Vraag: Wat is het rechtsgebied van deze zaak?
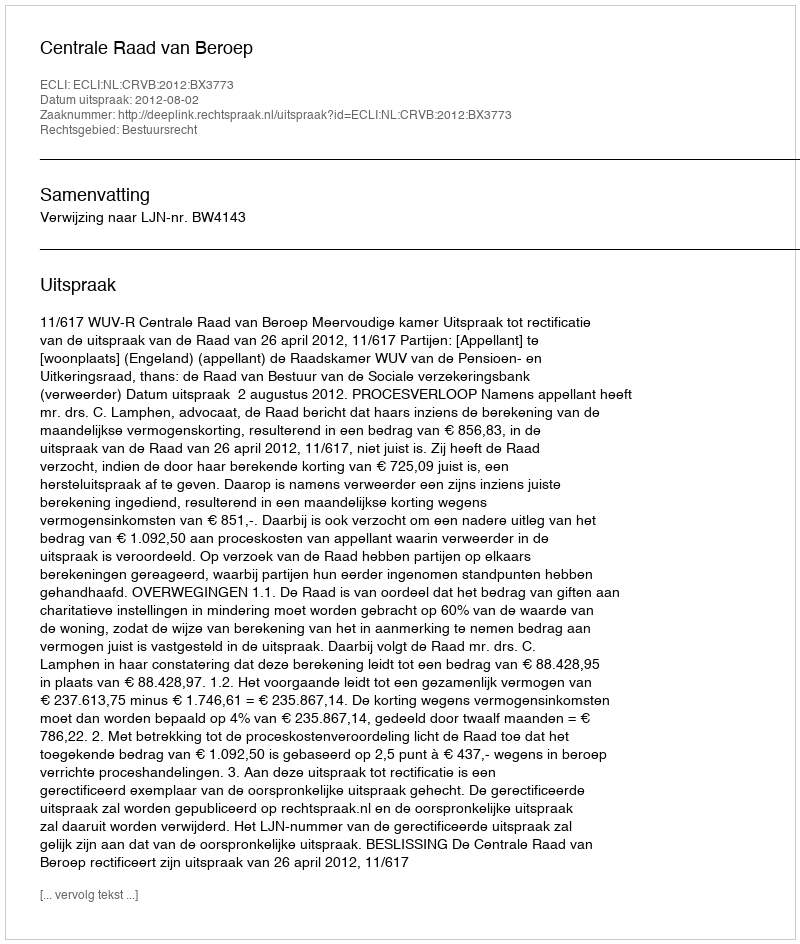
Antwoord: Bestuursrecht